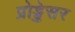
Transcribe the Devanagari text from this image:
प्रोड्डेसर